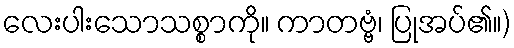
လေးပါးသောသစ္စာကို။ ကာတဗ္ဗံ၊ ပြုအပ်၏။)